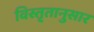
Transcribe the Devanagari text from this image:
विस्तृतानुसार